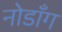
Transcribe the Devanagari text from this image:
नोडाँग